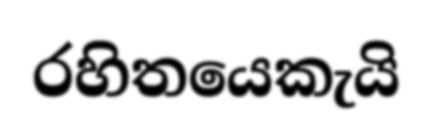
රහිතයෙකැයි